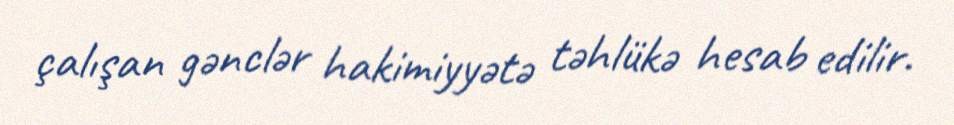
çalışan gənclər hakimiyyətə təhlükə hesab edilir.